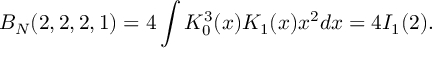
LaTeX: B _ { N } ( 2 , 2 , 2 , 1 ) = 4 \int K _ { 0 } ^ { 3 } ( x ) K _ { 1 } ( x ) x ^ { 2 } d x = 4 I _ { 1 } ( 2 ) .